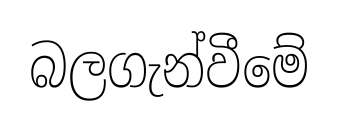
බලගැන්වීමේ